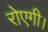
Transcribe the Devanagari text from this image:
रोएगी।